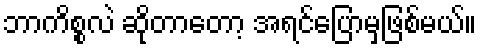
ဘာကိစ္စလဲ ဆိုတာတော့ အရင်ပြောမှဖြစ်မယ်။